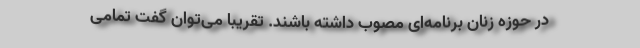
در حوزه زنان برنامه‌ای مصوب داشته باشند. تقریبا می‌توان گفت تمامی